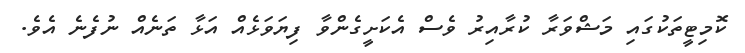
ކޮމިޓީތަކުގައި މަޝްވަރާ ކުރާއިރު ވެސް އެކަށީގެންވާ ފިޔަވަޅެއް އަޅާ ތަނެއް ނުފެނެ އެވެ.